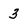
Character: 3